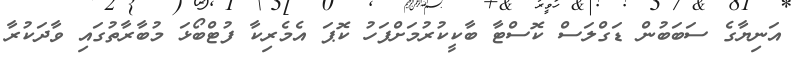
އަނިޔާގެ ސަބަބުން ޑަގްލަސް ކޮސްޓާ ބާކީކުރުމަށްފަހު ކޮޕަ އެމެރިކާ ފުޓްބޯޅަ މުބާރާތުގައި ވާދަކުރާ